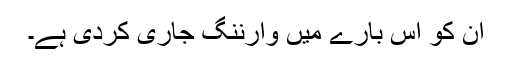
ان کو اس بارے میں وارننگ جاری کردی ہے۔